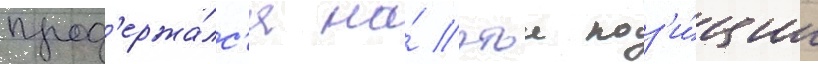
прод'ержа́лс'я на́ этои поз'и́ции